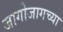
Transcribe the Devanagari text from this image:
जागोजागच्या